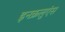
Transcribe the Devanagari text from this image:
इनक्रलुएंस